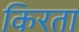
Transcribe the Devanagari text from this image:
किरता